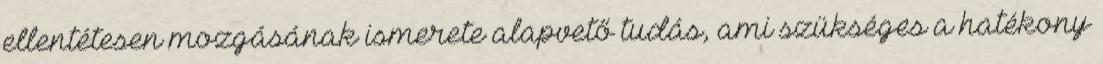
ellentétesen mozgásának ismerete alapvető tudás, ami szükséges a hatékony